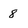
Character: 8